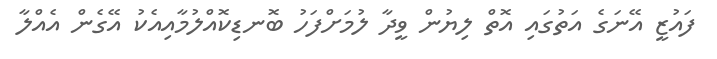
ފައުޒީ އޭނަގެ އަތުގައި އޮތް ލިޔުން ވީދާ ލުމަށްފަހު ބޮނޑިކޮއްލުމާއިއެކު އޭގެން އެއްލާ